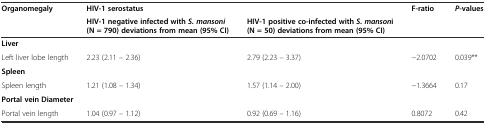
| <ROWSPAN=2> Organomegaly | <COLSPAN=2> HIV-1 serostatus | <ROWSPAN=2> F-ratio | <ROWSPAN=2> P-values |
 | HIV-1 negative infected withS. mansoni (N = 790) deviations from mean (95% CI) | HIV-1 positive co-infected withS. mansoni (N = 50) deviations from mean (95% CI) |
 | --- | --- | --- | --- | --- |
 | <COLSPAN=5> Liver |
 | Left liver lobe length | 2.23 (2.11 – 2.36) | 2.79 (2.23 – 3.37) | −2.0702 | 0.039** |
 | <COLSPAN=5> Spleen |
 | Spleen length | 1.21 (1.08 – 1.34) | 1.57 (1.14 – 2.00) | −1.3664 | 0.17 |
 | <COLSPAN=5> Portal vein Diameter |
 | Portal vein length | 1.04 (0.97 – 1.12) | 0.92 (0.69 – 1.16) | 0.8072 | 0.42 |